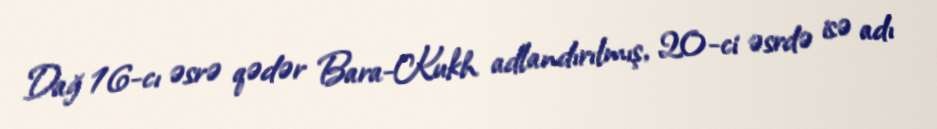
Dağ 16-cı əsrə qədər Bara-Kukh adlandırılmış, 20-ci əsrdə isə adı